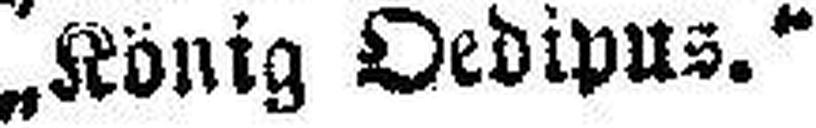
„König Oedipus."